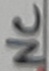
Text: NC